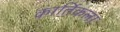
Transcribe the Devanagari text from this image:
कार्तिकला